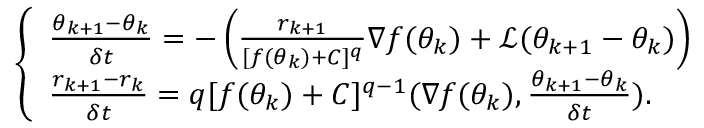
\left\{ \begin{array} { l l } { \frac { \theta _ { k + 1 } - \theta _ { k } } { \delta t } = - \left( \frac { { r } _ { k + 1 } } { [ f ( \theta _ { k } ) + C ] ^ { q } } \nabla f ( \theta _ { k } ) + \mathcal { L } ( \theta _ { k + 1 } - \theta _ { k } ) \right) } \\ { \frac { { r } _ { k + 1 } - r _ { k } } { \delta t } = q [ f ( \theta _ { k } ) + C ] ^ { q - 1 } ( \nabla f ( \theta _ { k } ) , \frac { \theta _ { k + 1 } - \theta _ { k } } { \delta t } ) . } \end{array} \right.